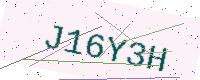
Text: J16Y3H